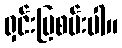
ရှင်းပြစမ်းပါ။